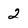
Character: 2